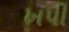
ખપી